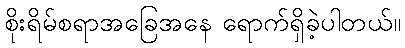
စိုးရိမ်စရာအခြေအနေ ရောက်ရှိခဲ့ပါတယ်။